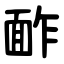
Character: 䩆